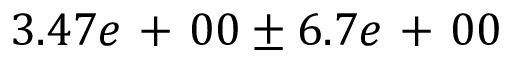
3 . 4 7 e \mathrm { ~ + ~ } 0 0 \pm 6 . 7 e \mathrm { ~ + ~ } 0 0